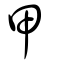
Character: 甲